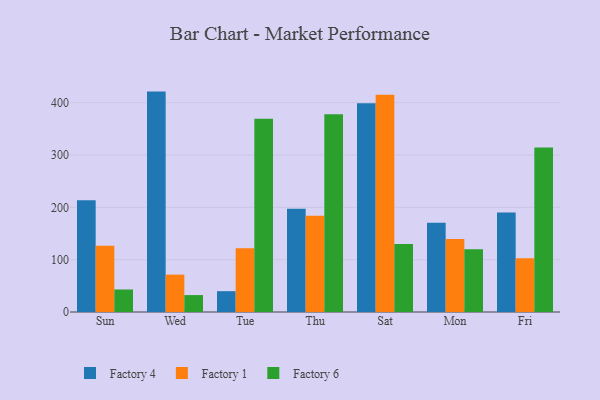
{"axis": {"x": "Day", "y": "Temperature (°C)"}, "legend": ["Factory 1", "Factory 4", "Factory 6"], "data": [{"x": "Sun", "y": 213.7, "type": "Factory 4"}, {"x": "Sun", "y": 126.8, "type": "Factory 1"}, {"x": "Sun", "y": 43.0, "type": "Factory 6"}, {"x": "Wed", "y": 421.1, "type": "Factory 4"}, {"x": "Wed", "y": 71.4, "type": "Factory 1"}, {"x": "Wed", "y": 32.3, "type": "Factory 6"}, {"x": "Tue", "y": 39.8, "type": "Factory 4"}, {"x": "Tue", "y": 121.7, "type": "Factory 1"}, {"x": "Tue", "y": 369.2, "type": "Factory 6"}, {"x": "Thu", "y": 197.5, "type": "Factory 4"}, {"x": "Thu", "y": 183.9, "type": "Factory 1"}, {"x": "Thu", "y": 377.7, "type": "Factory 6"}, {"x": "Sat", "y": 398.8, "type": "Factory 4"}, {"x": "Sat", "y": 415.0, "type": "Factory 1"}, {"x": "Sat", "y": 130.1, "type": "Factory 6"}, {"x": "Mon", "y": 170.7, "type": "Factory 4"}, {"x": "Mon", "y": 139.5, "type": "Factory 1"}, {"x": "Mon", "y": 119.9, "type": "Factory 6"}, {"x": "Fri", "y": 190.2, "type": "Factory 4"}, {"x": "Fri", "y": 102.5, "type": "Factory 1"}, {"x": "Fri", "y": 314.5, "type": "Factory 6"}]}